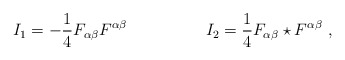
\begin{align*}I_1 = - \frac{1}{4}F_{{\alpha}{\beta}}F^{{\alpha}{\beta}} \hspace{2cm} I_2 = \frac{1}{4}F_{{\alpha}{\beta}}\star F^{{\alpha}{\beta}} \ ,\end{align*}